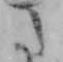
た